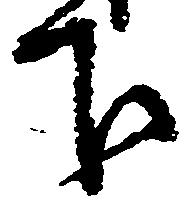
下